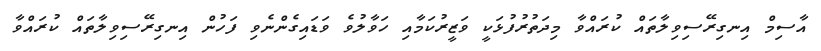
އާސިމް އިނގިރޭސިވިލާތައް ކުރައްވާ މިދަތުރުފުޅަކީ ވަޒީރުކަމާއި ހަވާލުވެ ވަޑައިގެންނެވި ފަހުން އިނގިރޭސިވިލާތައް ކުރައްވާ